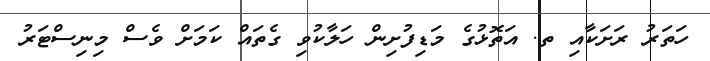
ހަތަރު ރަށަކާއި ތ. އަތޮޅުގެ މަޑިފުށިން ހަލާކުވި ގެތައް ކަމަށް ވެސް މިނިސްޓަރު